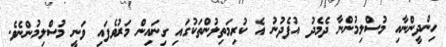
ހިންދީންނާއި މުސްލިމުންނާ ދެމެދު އުފެދުނު އެ ކުރިމަތިލުންތަކުގައި ގިނައިން މަރުވެފައި ވަނީ މުސްލިމުންނެވެ.